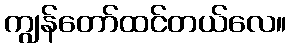
ကျွန်တော်ထင်တယ်လေ။